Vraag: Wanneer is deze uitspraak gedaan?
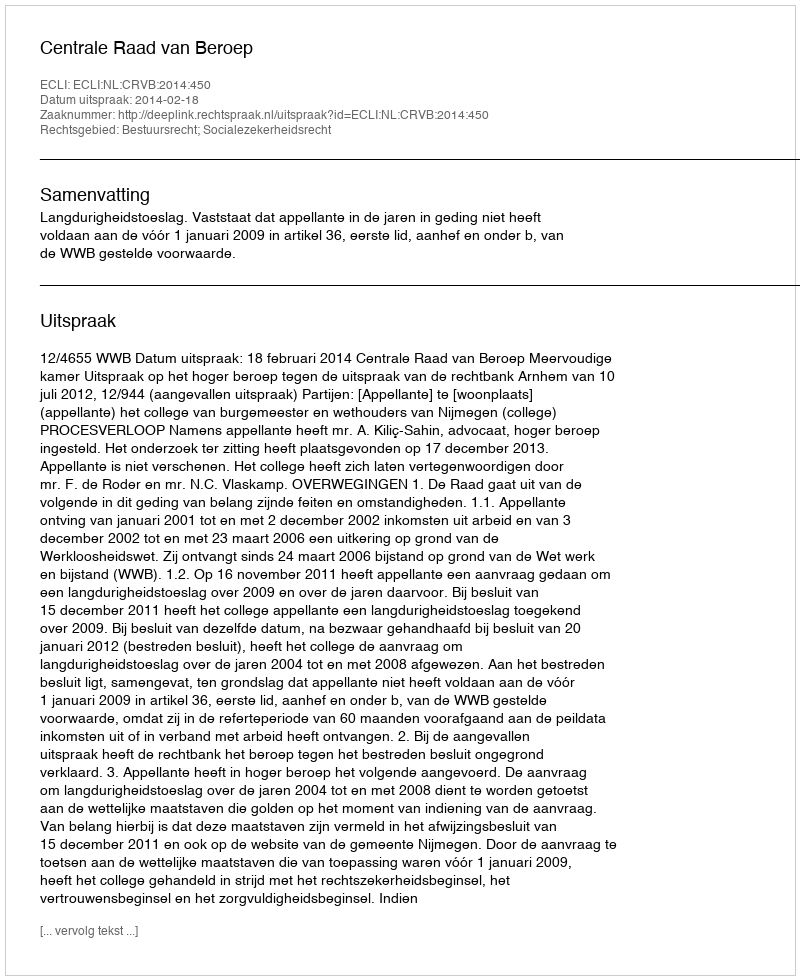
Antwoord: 2014-02-18